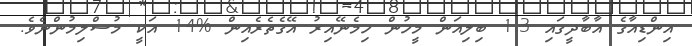
އިންޑިއާގެ އާބާދީގައި 1.3 ބިލިއަން މީހުން ހިމެނޭއިރު އޭގެތެރެއިން %14 އަކީ މުސްލިމުންނެވެ.